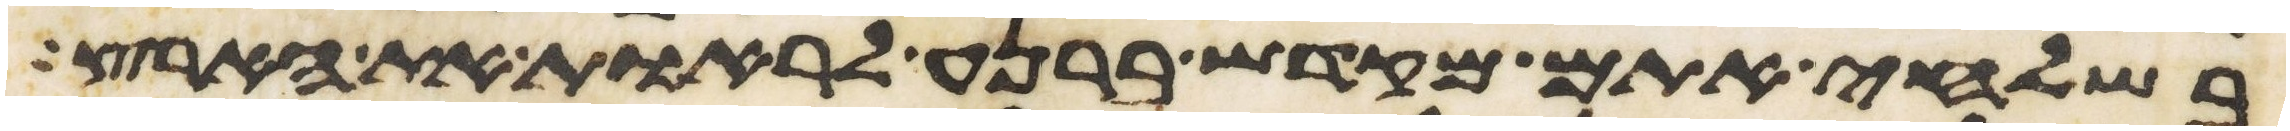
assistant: בשלחי אתם מקדש ברנע לראות את הארץ